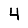
Digit: 4